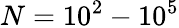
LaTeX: N=10^{2}-10^{5}